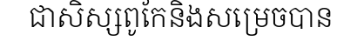
ជាសិស្សពូកែនិងសម្រេចបាន